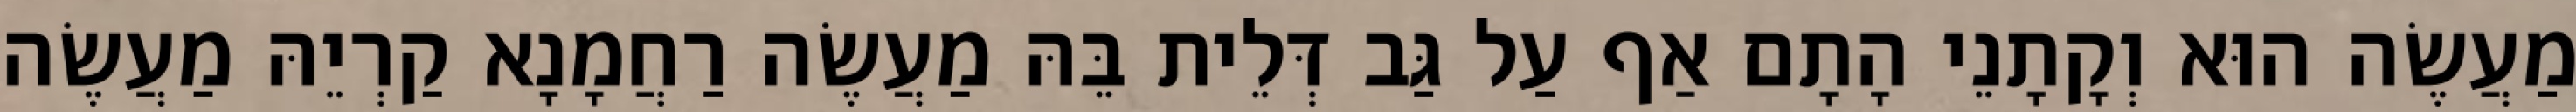
מַעֲשֶׂה הוּא וְקָתָנֵי הָתָם אַף עַל גַּב דְּלֵית בֵּהּ מַעֲשֶׂה רַחֲמָנָא קַרְיֵהּ מַעֲשֶׂה